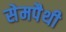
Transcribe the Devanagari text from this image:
सेमपैथी